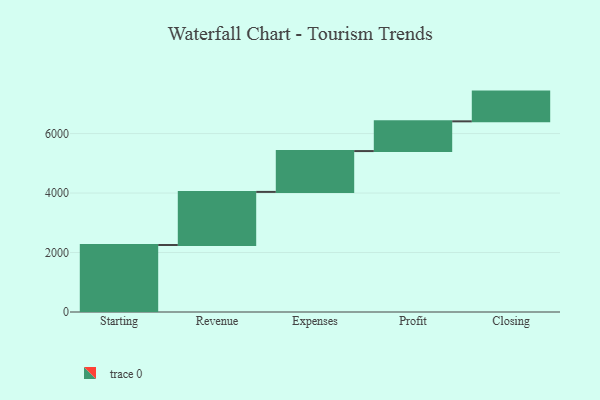
{"axis": {"x": "Step", "y": "Value"}, "legend": [""], "data": [{"x": "Starting", "y": 2253.0, "type": ""}, {"x": "Revenue", "y": 1786.0, "type": ""}, {"x": "Expenses", "y": 1373.0, "type": ""}, {"x": "Profit", "y": 1000, "type": ""}, {"x": "Closing", "y": 1000, "type": ""}]}